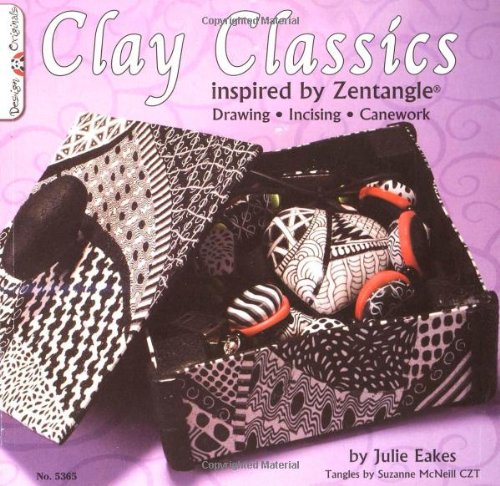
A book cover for Clay Classics: Drawing and Sizing Canework; Julie Eakes; Crafts, Hobbies & Home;